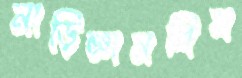
নাড়িজ্ঞানবিম